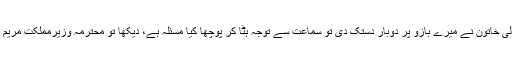
اسی دوران ساتھ والی کرسی پر تازہ آکر بیٹھنے والی خاتون نے میرے بازو پر دوبار دستک دی تو سماعت سے توجہ ہٹا کر پوچھا کیا مسئلہ ہے، دیکھا تو محترمہ وزیرمملکت مریم اورنگزیب پوچھ رہی تھیں کہ وہ بخاری کہاں گیا؟